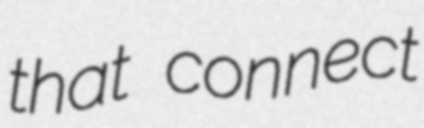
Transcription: that connect